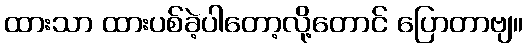
ထားသာ ထားပစ်ခဲ့ပါတော့လို့တောင် ပြောတာဗျ။